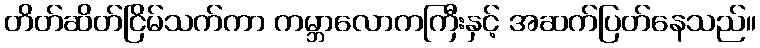
တိတ်ဆိတ်ငြိမ်သက်ကာ ကမ္ဘာလောကကြီးနှင့် အဆက်ပြတ်နေသည်။